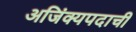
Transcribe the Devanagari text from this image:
अजिंक्यपदाची